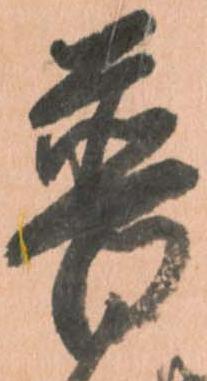
普